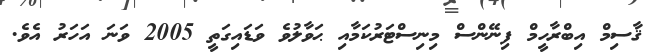
ޤާސިމް އިބްރާހީމް ފިނޭންސް މިނިސްޓަރުކަމާއި ޙަވާލުވެ ވަޑައިގަތީ 2005 ވަނަ އަހަރު އެވެ.